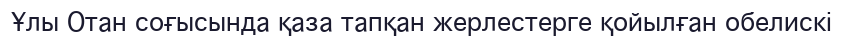
Ұлы Отан соғысында қаза тапқан жерлестерге қойылған обелискі